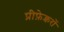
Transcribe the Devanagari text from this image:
प्रीफ़ेक्चरों